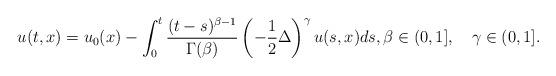
LaTeX: \begin{align*}u(t,x)=u_0(x)-\int_0^t\frac{(t-s)^{\beta-1}}{\Gamma(\beta)}\left(-\frac12\Delta \right)^\gamma u(s,x)ds,\beta\in(0,1],\quad\gamma\in(0,1].\end{align*}